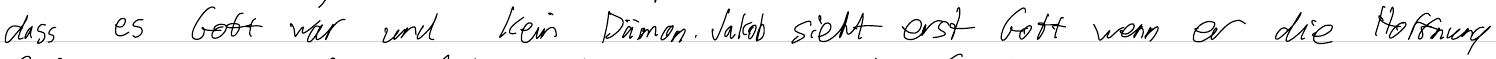
dass es Gott war und kein Dämon. Jakob sieht erst Gott wenn er die Hoffnung